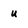
Character: u